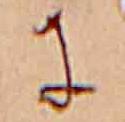
に